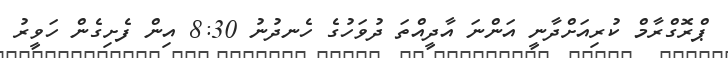
ޕްރޮގްރާމް ކުރިއަށްދާނީ އަންނަ އާދީއްތަ ދުވަހުގެ ހެނދުނު 8:30 އިން ފެށިގެން ހަވީރު